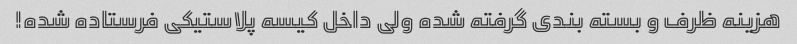
هزینه ظرف و بسته بندی گرفته شده ولی داخل کیسه پلاستیکی فرستاده شده!